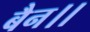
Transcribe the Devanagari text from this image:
बैन।।